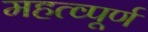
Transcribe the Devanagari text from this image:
महत्‍व्‍पूर्ण